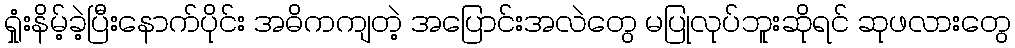
ရှုံးနိမ့်ခဲ့ပြီးနောက်ပိုင်း အဓိကကျတဲ့ အပြောင်းအလဲတွေ မပြုလုပ်ဘူးဆိုရင် ဆုဖလားတွေ